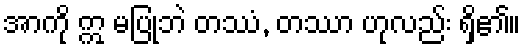
အာကို ဣ မပြုဘဲ တဿံ, တဿာ ဟုလည်း ရှိ၏။